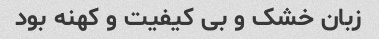
زبان خشک و بی کیفیت و کهنه بود